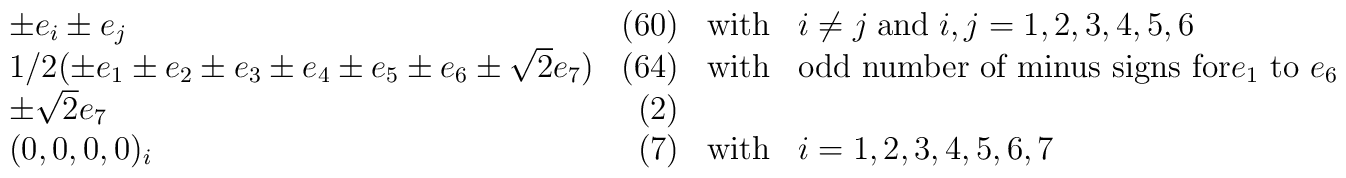
\begin{array}{lrcl} \pm e_{i} \pm e_{j} & (60) & \mbox{with} & i\neq j \; \mbox{and} \;i,j=1,2,3,4,5,6 \\1/2(\pm e_{1} \pm e_{2} \pm e_{3} \pm e_{4} \pm e_{5} \pm e_{6} \pm \sqrt{2} e_{7}) & (64) & \mbox{with} & \mbox{odd number of minus signs for$e_{1}$ to $e_{6}$}\\\pm \sqrt{2} e_{7} & (2) &  &  \\(0,0,0,0)_{i} & (7) & \mbox{with} & i=1,2,3,4,5,6,7\end{array}